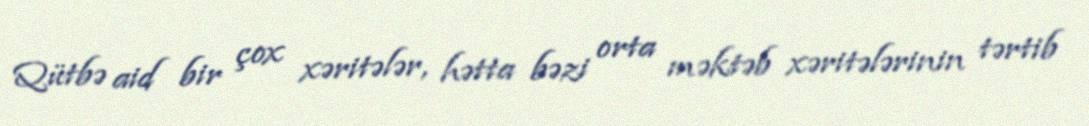
Qütbə aid bir çox xəritələr, hətta bəzi orta məktəb xəritələrinin tərtib